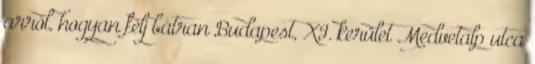
arról, hogyan félj bátran Budapest, XI. kerület Medvetalp utca